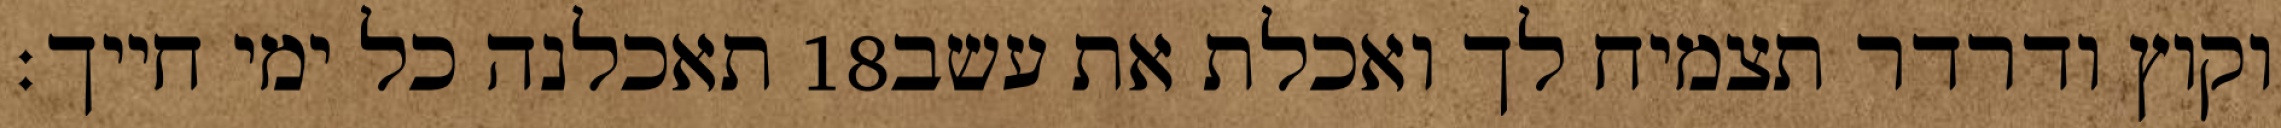
תאכלנה כל ימי חייך׃ ‎18‏ וקוץ ודרדר תצמיח לך ואכלת את עשב